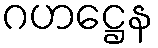
ဂဟဋ္ဌေန